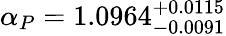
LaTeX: \alpha_{P}=1.0964_{-0.0091}^{+0.0115}